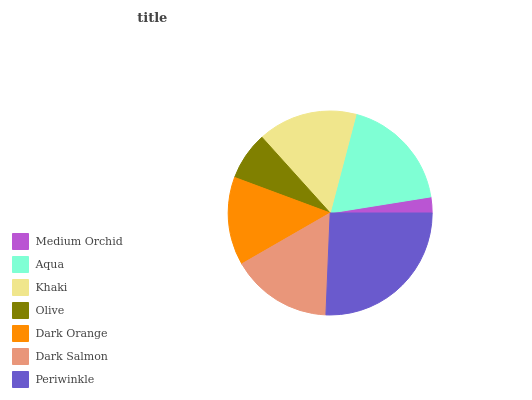
| Medium Orchid | Aqua | Khaki | Olive | Dark Orange | Dark Salmon | Periwinkle |
 | --- | --- | --- | --- | --- | --- | --- |
 | 2.53% | 18.3% | 15.8% | 7.66% | 14% | 16.1% | 25.6% |